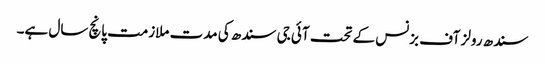
سندھ رولز آف بزنس کے تحت آئی جی سندھ کی مدت ملازمت پانچ سال ہے۔